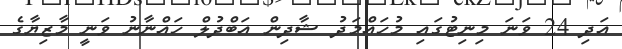
އަދި 24 ވަނަ މިނިޓުގައި މުހައްމަދު ޝާދިން އަބްދުލް ހައްނާނު ވަނީ މާޒިޔާގެ